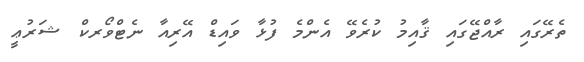
ތެރޭގައި ރާއްޖޭގައި ޤާއިމު ކުރެވޭ އެންމެ ފުޅާ ވައިޑް އޭރިއާ ނެޓްވޯރކް ޝަރުޢީ